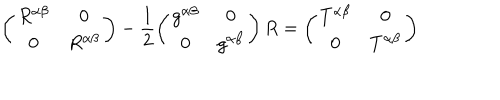
\left( \begin{array} { c c } { { R ^ { \alpha \beta } } } & { { 0 } } \\ { { 0 } } & { { R ^ { \alpha \beta } } } \\ \end{array} \right) - \frac { 1 } { 2 } \left( \begin{array} { c c } { { g ^ { \alpha \beta } } } & { { 0 } } \\ { { 0 } } & { { g ^ { \alpha \beta } } } \\ \end{array} \right) R = \left( \begin{array} { c c } { { T ^ { \alpha \beta } } } & { { 0 } } \\ { { 0 } } & { { T ^ { \alpha \beta } } } \\ \end{array} \right)